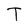
Character: T